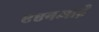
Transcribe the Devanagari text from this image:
एएनआई